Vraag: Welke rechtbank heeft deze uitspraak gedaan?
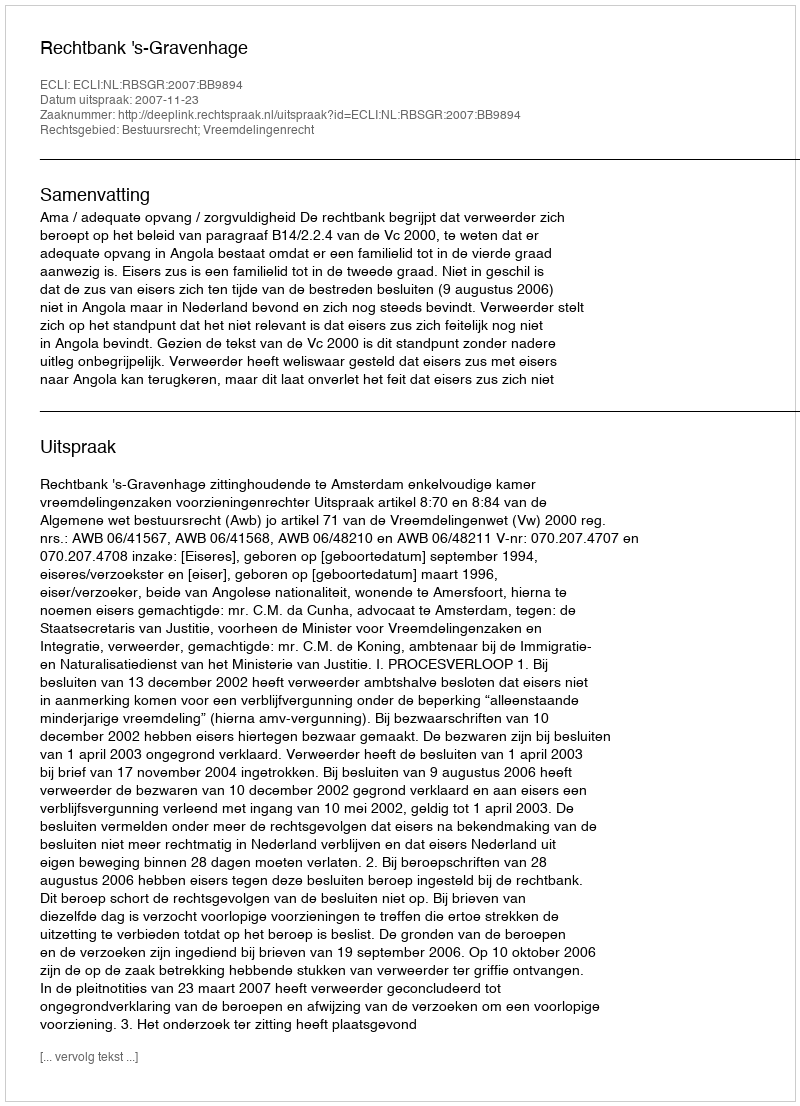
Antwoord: Rechtbank 's-Gravenhage